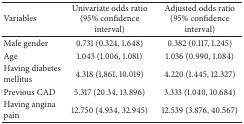
<table><thead><tr><td><b>Variables</b></td><td><b>Univariate odds ratio (95% confidence interval)</b></td><td><b>Adjusted odds ratio (95% confidence interval)</b></td></tr></thead><tbody><tr><td>Male gender</td><td>0.731 (0.324, 1.648)</td><td>0.382 (0.117, 1.245)</td></tr><tr><td>Age</td><td>1.043 (1.006, 1.081)</td><td>1.036 (0.990, 1.084)</td></tr><tr><td>Having diabetes mellitus</td><td>4.318 (1.861, 10.019)</td><td>4.220 (1.445, 12.327)</td></tr><tr><td>Previous CAD</td><td>5.317 (20.34, 13.896)</td><td>3.333 (1.040, 10.684)</td></tr><tr><td>Having angina pain</td><td>12.750 (4.934, 32.945)</td><td>12.539 (3.876, 40.567)</td></tr></tbody></table>